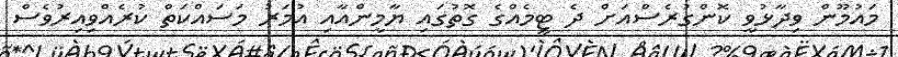
މައުމޫން ވިދާޅުވީ ކޮންގުރެސްއަށް ދެ ޓީމެއްގެ ގޮތުގައި ޔާމީންއާއި އުމަރު މަސައްކަތް ކުރެއްވިއިރުވެސް